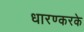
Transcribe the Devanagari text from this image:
धारण्करके